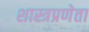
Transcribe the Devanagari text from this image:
शास्त्रप्रणेता